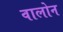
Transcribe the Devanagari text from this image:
वालोन